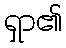
ရှာ၏